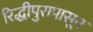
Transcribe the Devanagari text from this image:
रिद्धीपुरापासून